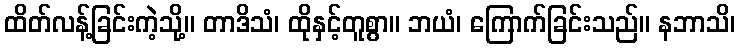
ထိတ်လန့်ခြင်းကဲ့သို့။ တာဒိသံ၊ ထိုနှင့်တူစွာ။ ဘယံ၊ ကြောက်ခြင်းသည်။ နဘာသိ၊